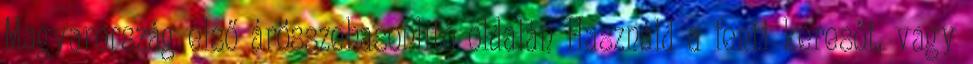
Magyarország első árösszehasonlító oldalán Használd a fenti keresőt, vagy